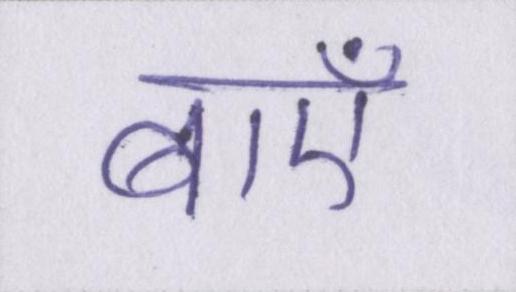
बाएँ